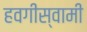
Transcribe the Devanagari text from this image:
हवगीस्वामी